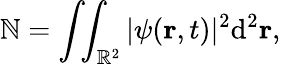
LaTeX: \mathbb{N}=\int\! \! \int_{\mathbb{{R}}^{2}}|\psi(\mathbf{{r}},t)|^{2}\mathrm{{d}}^{2}{\mathbf{{r}}},